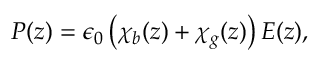
\begin{array} { r } { { P } ( z ) = \epsilon _ { 0 } \left( \chi _ { b } ( z ) + \chi _ { g } ( z ) \right) E ( z ) , } \end{array}